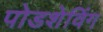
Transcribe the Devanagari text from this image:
पोडशेविंग